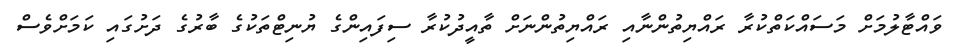
ވައްޓާލުމަށް މަސައްކަތްކުރާ ރައްޔިތުންނާއި ރައްޔިތުންނަށް ތާއީދުކުރާ ސިފައިންގެ ޔުނިޓްތަކުގެ ބާރުގެ ދަށުގައި ކަމަށްވެސް